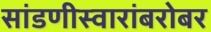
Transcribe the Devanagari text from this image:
सांडणीस्वारांबरोबर